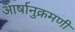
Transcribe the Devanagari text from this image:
आर्षानुक्रमणी